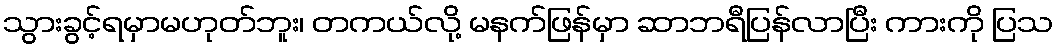
သွားခွင့်ရမှာမဟုတ်ဘူး၊ တကယ်လို့ မနက်ဖြန်မှာ ဆာဘရီပြန်လာပြီး ကားကို ပြသ